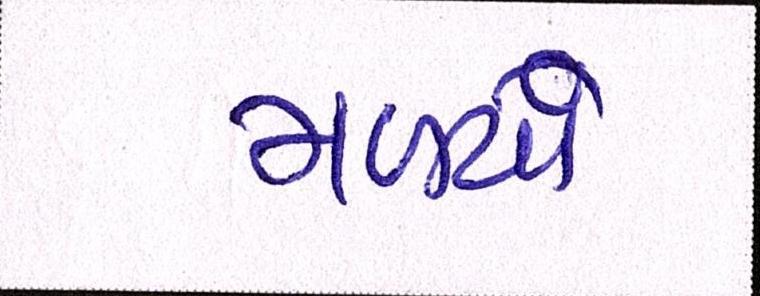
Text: મળ્યાં